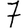
Digit: 7